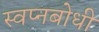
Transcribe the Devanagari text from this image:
स्वप्नबोधी